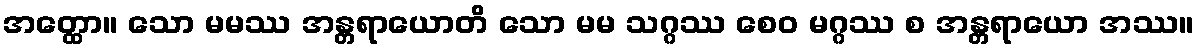
အတ္ထော။ သော မမဿ အန္တရာယောတိ သော မမ သဂ္ဂဿ စေဝ မဂ္ဂဿ စ အန္တရာယော အဿ။